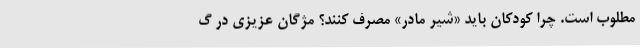
مطلوب است. چرا کودکان باید «شیر مادر» مصرف کنند؟ مژگان عزیزی در گ